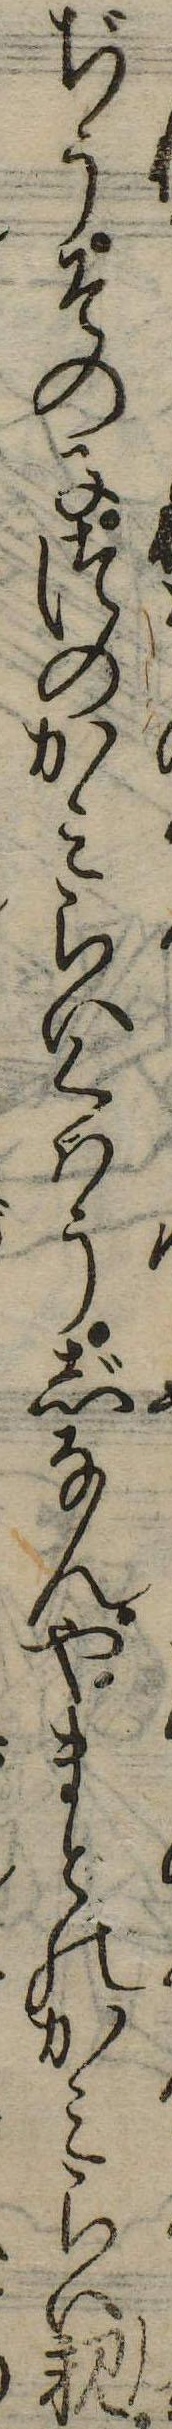
ぢうその子つのかみらいくはうじなんやまとのかみらい親